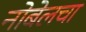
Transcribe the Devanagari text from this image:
नोबेलचा